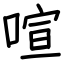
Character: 喧